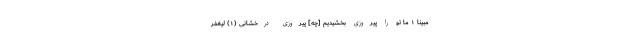
مُبِينًا ۱ ما تو را پيروزى بخشيديم [چه] پيروزى درخشانى (۱) لِيَغْفِرَ